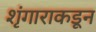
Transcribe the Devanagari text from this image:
शृंगाराकडून